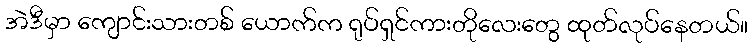
အဲဒီမှာ ကျောင်းသားတစ် ယောက်က ရုပ်ရှင်ကားတိုလေးတွေ ထုတ်လုပ်နေတယ်။